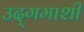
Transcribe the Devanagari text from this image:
उद्‌गमाशी